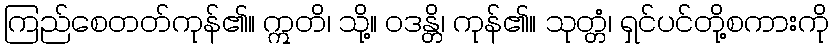
ကြည်စေတတ်ကုန်၏။ ဣတိ၊ သို့။ ဝဒန္တိ၊ ကုန်၏။ သုတ္တံ၊ ရှင်ပင်တို့စကားကို